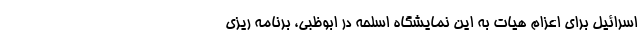
اسرائیل برای اعزام هیات به این نمایشگاه اسلحه در ابوظبی، برنامه ریزی